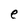
Character: e